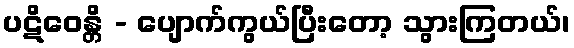
ပဋိဝေန္တိ - ပျောက်ကွယ်ပြီးတော့ သွားကြတယ်၊